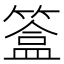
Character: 𥲥